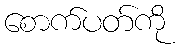
စောက်ပတ်ကို